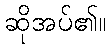
ဆိုအပ်၏။